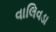
વાલિવડા